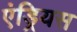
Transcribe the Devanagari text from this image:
एंड्रियस